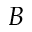
B